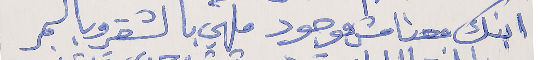
ابنك معنا مش موجود      ملهي بالشقر وبالسمر